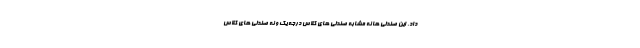
داد. این صندلی ها نه مشابه صندلی های کلاس درجه یک و نه صندلی های کلاس